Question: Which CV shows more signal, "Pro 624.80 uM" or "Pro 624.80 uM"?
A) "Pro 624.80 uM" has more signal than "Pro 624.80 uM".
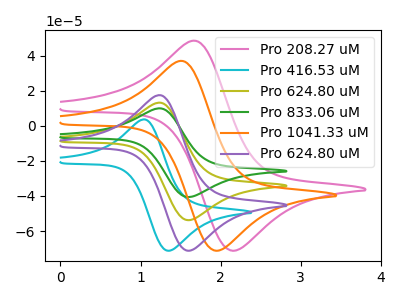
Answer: <think>The pink curve "Pro 208.27 uM" has an anodic peak at (1.70V, 48.50uA) and a cathodic peak at (2.15V, -71.25uA). The cyan curve "Pro 416.53 uM" has an anodic peak at (1.05V, 3.60uA) and a cathodic peak at (1.35V, -71.25uA). The olive curve "Pro 624.80 uM" has an anodic peak at (1.25V, 13.15uA) and a cathodic peak at (1.60V, -53.80uA). The green curve "Pro 833.06 uM" has an anodic peak at (1.25V, 26.35uA) and a cathodic peak at (1.60V, -107.60uA). The orange curve "Pro 1041.33 uM" has an anodic peak at (1.55V, 36.95uA) and a cathodic peak at (1.95V, -71.25uA). The purple curve "Pro 624.80 uM" has an anodic peak at (1.25V, 17.45uA) and a cathodic peak at (1.60V, -71.25uA).
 All the peaks in "Pro 624.80 uM" have a peak in "Pro 624.80 uM" at the same potential. Every peak in "Pro 624.80 uM" is higher than every peak in "Pro 624.80 uM".</think>
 <answer>A) "Pro 624.80 uM" has more signal than "Pro 624.80 uM".</answer>
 <eval>A</eval>